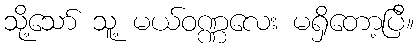
သို့သော် သူ့ မယ်ဝဏ္ဏလေး မရှိတော့ပြီ။